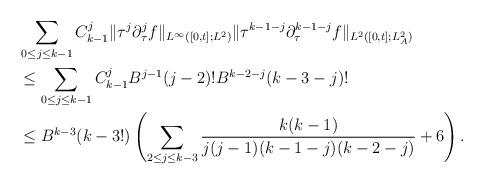
LaTeX: \begin{align*} &\sum_{0\le j\le k-1}C^j_{k-1}\|\tau^j\partial^j_\tau f\|_{L^\infty([0,t];L^2)}\|\tau^{k-1-j}\partial^{k-1-j}_\tau f\|_{L^2([0,t];L^2_A)}\\ &\le\sum_{0\le j\le k-1}C^j_{k-1}B^{j-1}(j-2)!B^{k-2-j}(k-3-j)!\\ &\le B^{k-3}(k-3!)\left(\sum_{2\le j\le k-3}\frac{k(k-1)}{j(j-1)(k-1-j)(k-2-j)}+6\right).\end{align*}